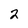
Character: 2